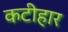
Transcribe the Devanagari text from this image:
कटीहार